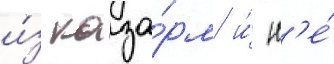
и́з каза́рм и́ н'е́